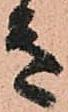
き